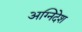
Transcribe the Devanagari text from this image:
अग्निदेश